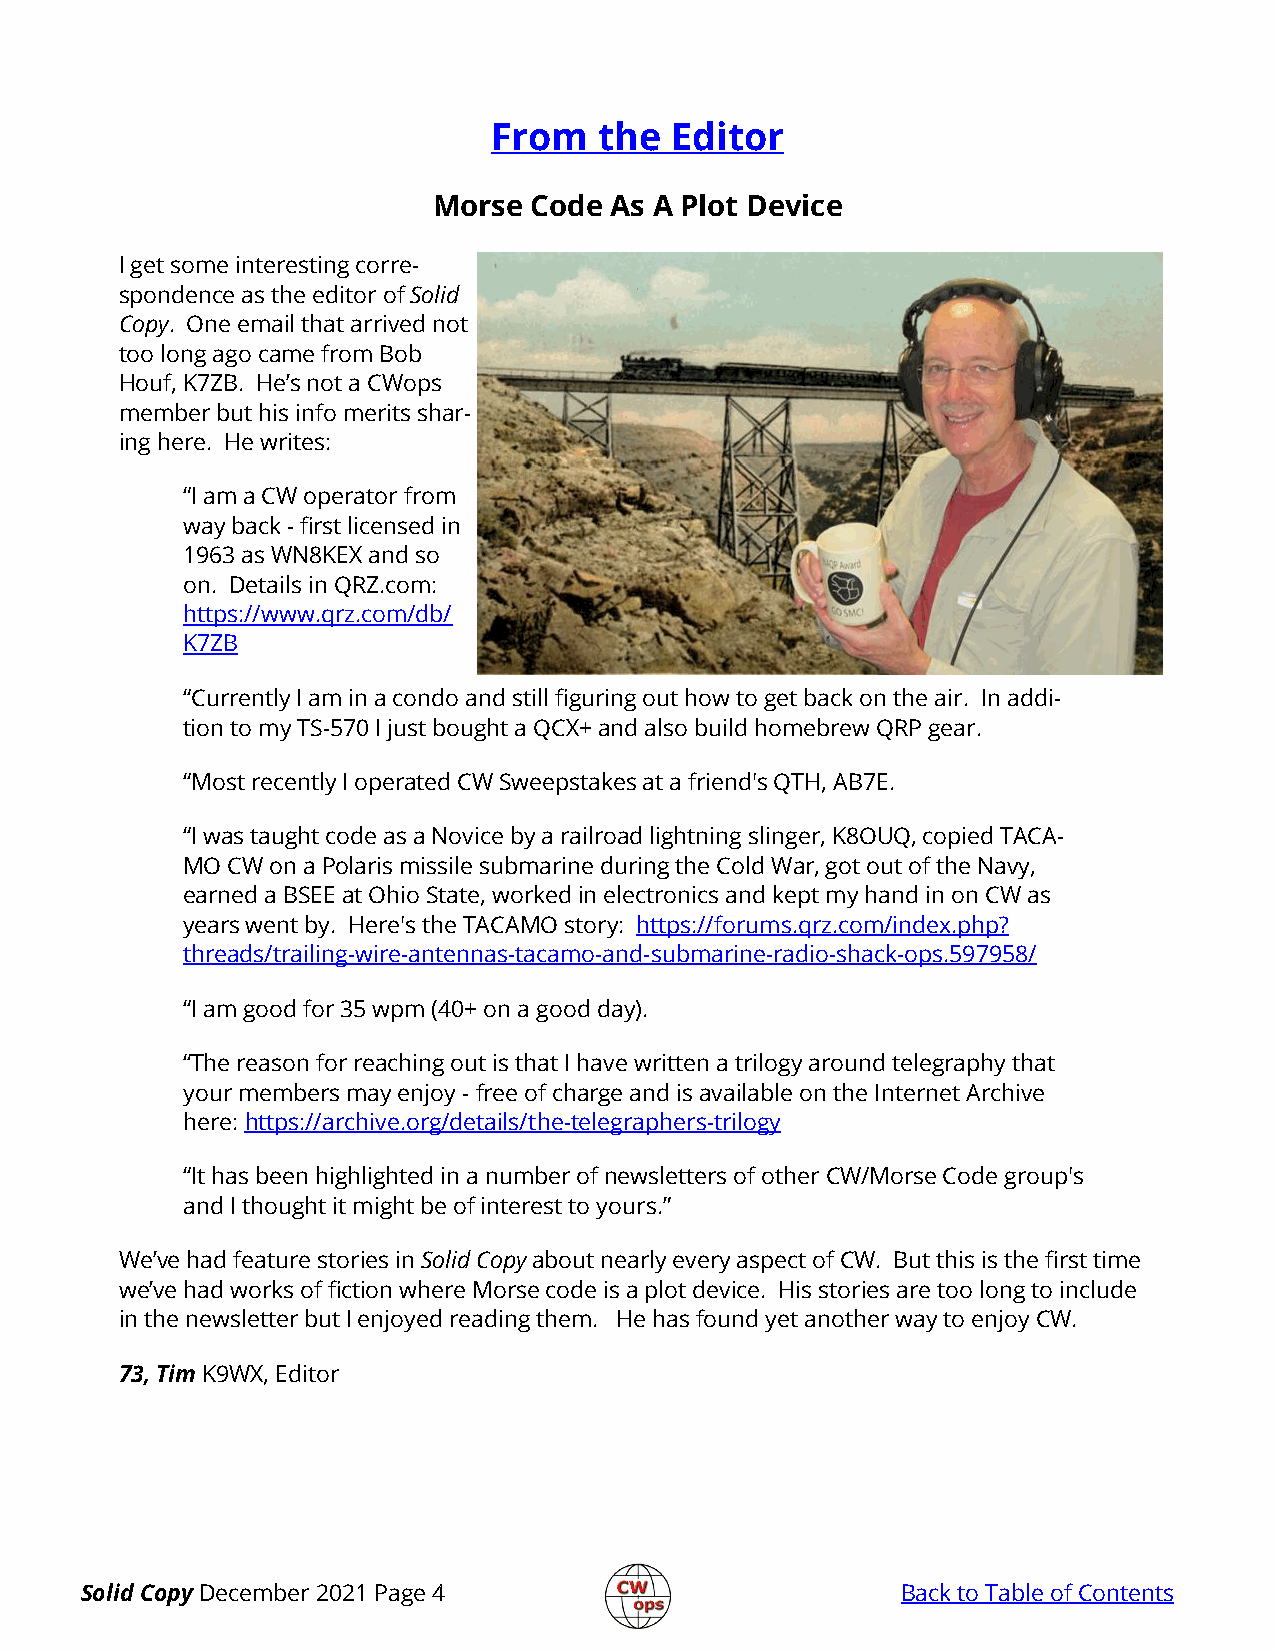
From   the Editor
 Morse Code As A Plot Device
 I get some interesting corre-
 spondence as the editor of Solid
 Copy. One email that arrived not
 too long ago came from Bob
 Houf, K7ZB. He’s not a CWops
 member but his info merits shar-
 ing here. He writes:
 “I am a CW operator from
 way back - first licensed in
 1963 as WN8KEX and so
 on. Details in QRZ.com:
 https://www.qrz.com/db/
 K7ZB
 “Currently I am in a condo and still figuring out how to get back on the air. In addi-
 tion to my TS-570 I just bought a QCX+ and also build homebrew QRP gear.
 “Most recently I operated CW Sweepstakes at a friend's QTH, AB7E.
 “I was taught code as a Novice by a railroad lightning slinger, K8OUQ, copied TACA-
 MO CW on a Polaris missile submarine during the Cold War, got out of the Navy,
 earned a BSEE at Ohio State, worked in electronics and kept my hand in on CW as
 years went by. Here's the TACAMO story: https://forums.qrz.com/index.php?
 threads/trailing-wire-antennas-tacamo-and-submarine-radio-shack-ops.597958/
 “I am good for 35 wpm (40+ on a good day).
 “The reason for reaching out is that I have written a trilogy around telegraphy that
 your members may enjoy - free of charge and is available on the Internet Archive
 here: https://archive.org/details/the-telegraphers-trilogy
 “It has been highlighted in a number of newsletters of other CW/Morse Code group's
 and I thought it might be of interest to yours.”
 We’ve had feature stories in Solid Copy about nearly every aspect of CW. But this is the first time
 we’ve had works of fiction where Morse code is a plot device. His stories are too long to include
 in the newsletter but I enjoyed reading them. He has found yet another way to enjoy CW.
 73, Tim K9WX, Editor
 Solid Copy December 2021 Page 4                        Back to Table of Contents